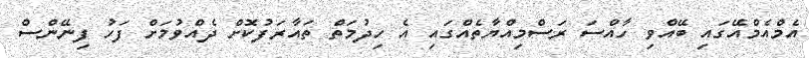
އެމްއެމްއޭގައި ބޭއްވި ހާއްސަ ރަސްމިއްޔާތެއްގައި އެ ހިދުމަތް ތައާރަފުކޮށް ދެއްވުމަށް ފަހު ފިނޭންސް